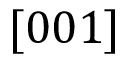
[ 0 0 1 ]